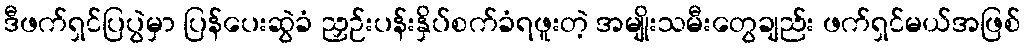
ဒီဖက်ရှင်ပြပွဲမှာ ပြန်ပေးဆွဲခံ ညှဉ်းပန်းနှိပ်စက်ခံရဖူးတဲ့ အမျိုးသမီးတွေချည်း ဖက်ရှင်မယ်အဖြစ်